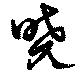
曈